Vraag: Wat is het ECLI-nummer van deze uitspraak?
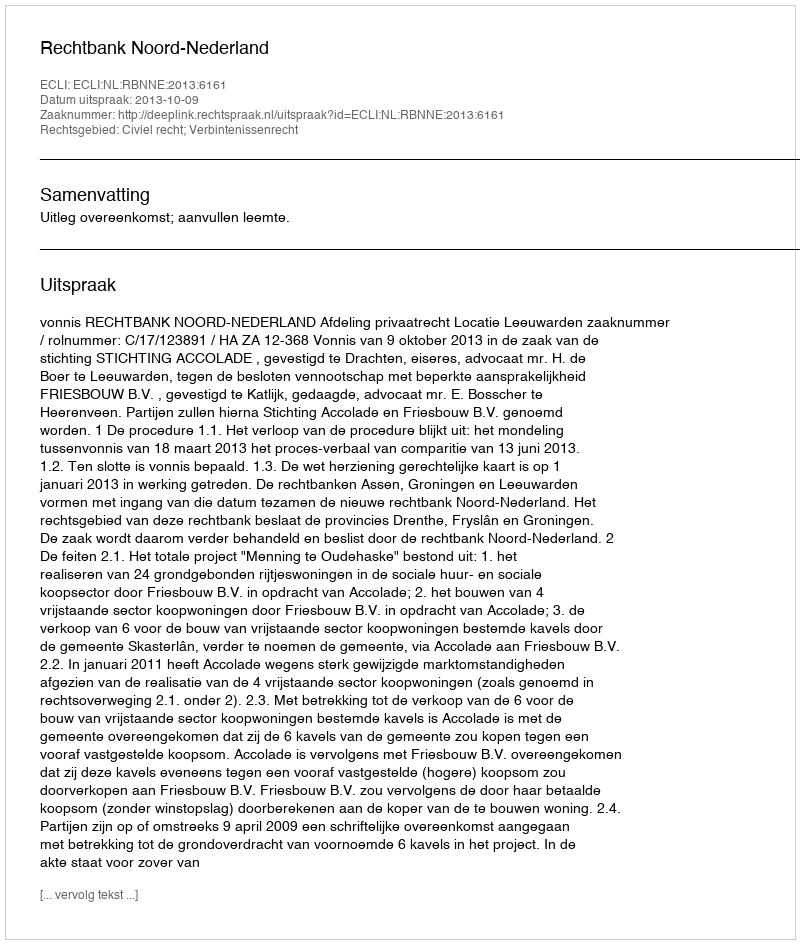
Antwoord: ECLI:NL:RBNNE:2013:6161